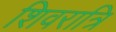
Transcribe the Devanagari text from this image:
शिवरात्रि